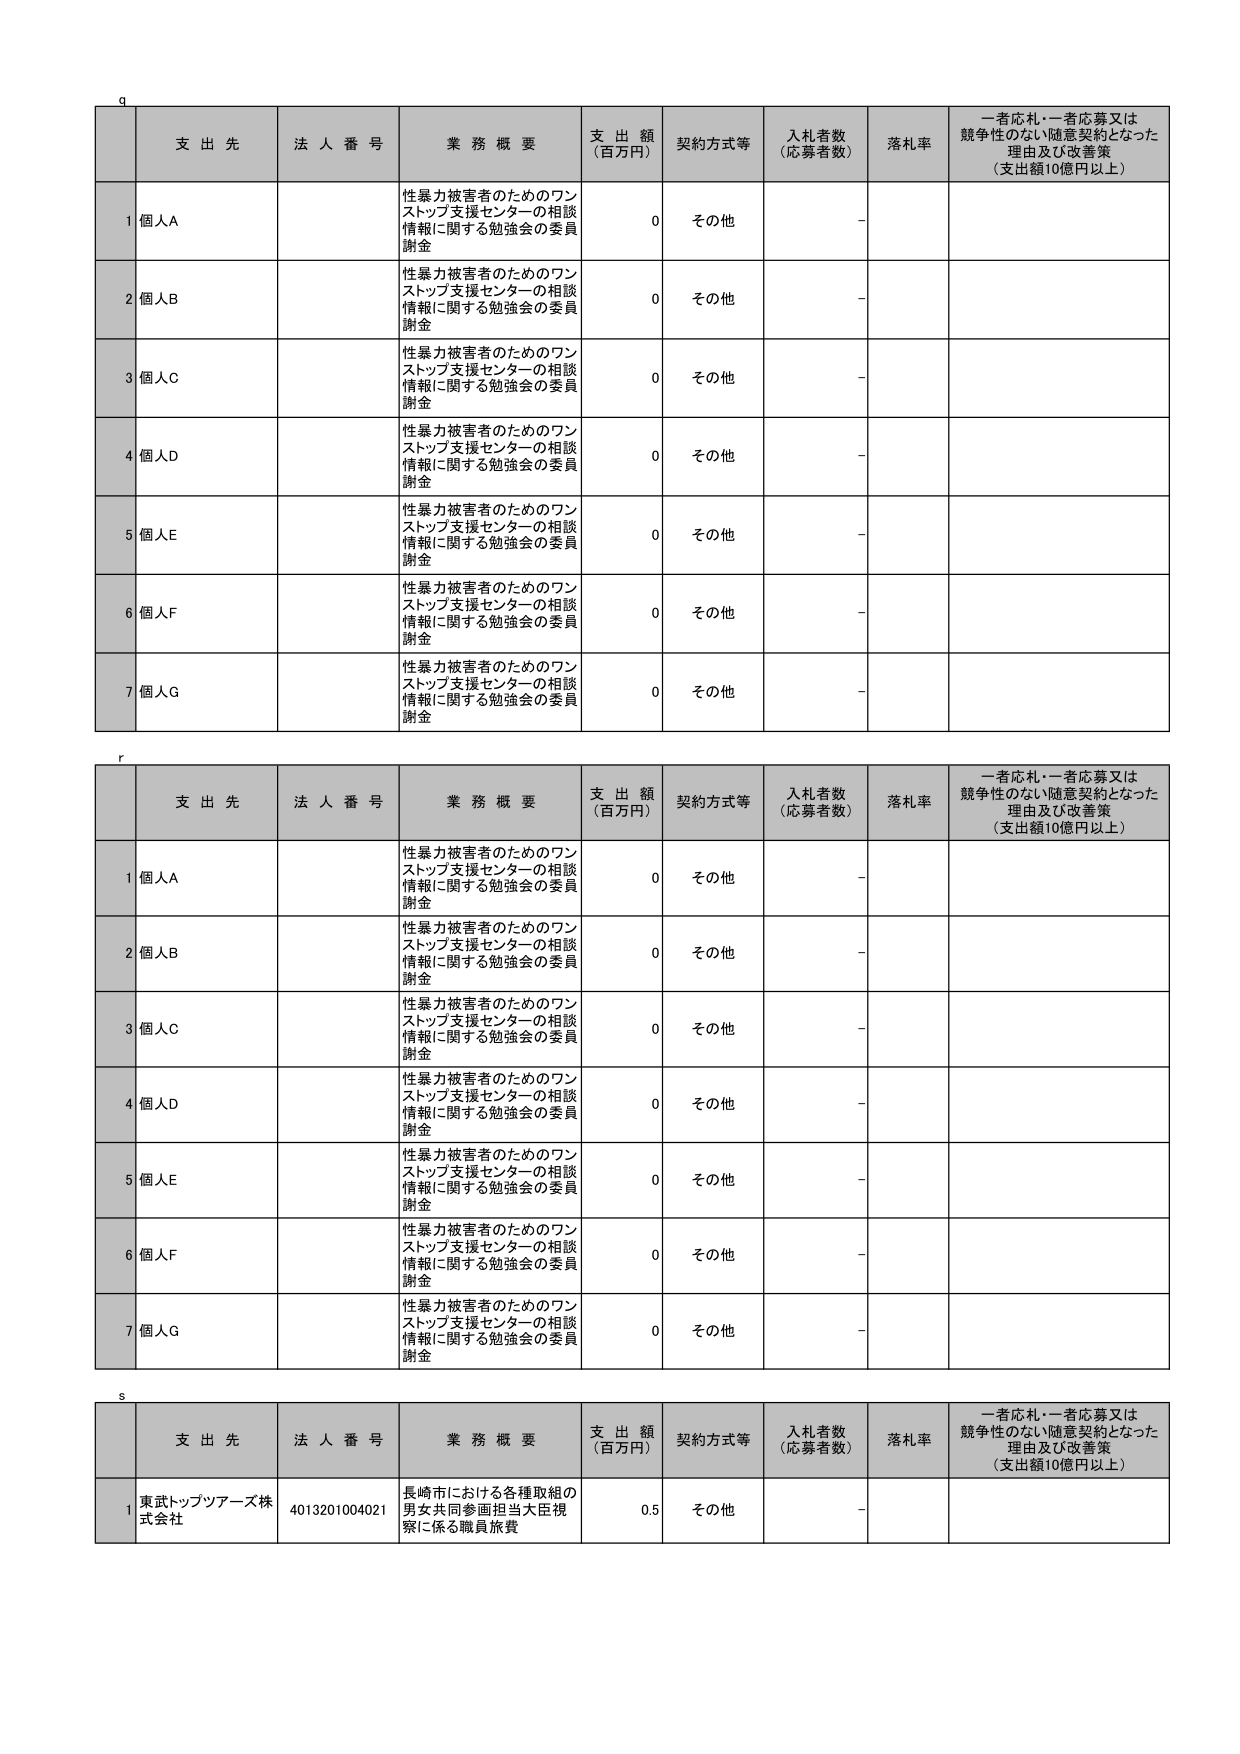
q
支 出 先 法 人 番 号 業 務 概 要 支 出 額 （百万円） 契約方式等 入札者数 （応募者数） 落札率 一者応札・一者応募又は 競争性のない随意契約となった 理由及び改善策 （支出額10億円以上）
1 個人A 性暴力被害者のためのワン ストップ支援センターの相談 情報に関する勉強会の委員 謝金 0 その他 -
2 個人B 性暴力被害者のためのワン ストップ支援センターの相談 情報に関する勉強会の委員 謝金 0 その他 -
3 個人C 性暴力被害者のためのワン ストップ支援センターの相談 情報に関する勉強会の委員 謝金 0 その他 -
4 個人D 性暴力被害者のためのワン ストップ支援センターの相談 情報に関する勉強会の委員 謝金 0 その他 -
5 個人E 性暴力被害者のためのワン ストップ支援センターの相談 情報に関する勉強会の委員 謝金 0 その他 -
6 個人F 性暴力被害者のためのワン ストップ支援センターの相談 情報に関する勉強会の委員 謝金 0 その他 -
7 個人G 性暴力被害者のためのワン ストップ支援センターの相談 情報に関する勉強会の委員 謝金 0 その他 -

r
支 出 先 法 人 番 号 業 務 概 要 支 出 額 （百万円） 契約方式等 入札者数 （応募者数） 落札率 一者応札・一者応募又は 競争性のない随意契約となった 理由及び改善策 （支出額10億円以上）
1 個人A 性暴力被害者のためのワン ストップ支援センターの相談 情報に関する勉強会の委員 謝金 0 その他 -
2 個人B 性暴力被害者のためのワン ストップ支援センターの相談 情報に関する勉強会の委員 謝金 0 その他 -
3 個人C 性暴力被害者のためのワン ストップ支援センターの相談 情報に関する勉強会の委員 謝金 0 その他 -
4 個人D 性暴力被害者のためのワン ストップ支援センターの相談 情報に関する勉強会の委員 謝金 0 その他 -
5 個人E 性暴力被害者のためのワン ストップ支援センターの相談 情報に関する勉強会の委員 謝金 0 その他 -
6 個人F 性暴力被害者のためのワン ストップ支援センターの相談 情報に関する勉強会の委員 謝金 0 その他 -
7 個人G 性暴力被害者のためのワン ストップ支援センターの相談 情報に関する勉強会の委員 謝金 0 その他 -

s
支 出 先 法 人 番 号 業 務 概 要 支 出 額 （百万円） 契約方式等 入札者数 （応募者数） 落札率 一者応札・一者応募又は 競争性のない随意契約となった 理由及び改善策 （支出額10億円以上）
1 東武トップツアーズ株 式会社 4013201004021 長崎市における各種取組の 男女共同参画担当大臣視 察に係る職員旅費 0.5 その他 -